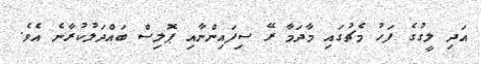
އަދި ލީގުގެ ފަހު މެޗުގައި މާދަމާ ރޭ ސިފައިންނާއި ޕޮލިސް ބައްދަލުކުރާނެ އެވެ.